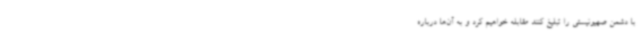
با دشمن صهیونیستی را تبلیغ کنند مقابله خواهیم کرد و به آن‌ها درباره